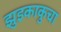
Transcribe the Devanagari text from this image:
झुइकाकुचा